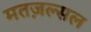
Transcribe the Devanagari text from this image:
मतज़ल्सल